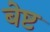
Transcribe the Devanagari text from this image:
बेष्ट